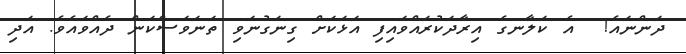
ދަންނައެ!  އެ ކަލާނގެ އިރާދަކުރައްވައިފި އަޅަކަށް ގިނަގުނަވި ތަނަވަސްކަން ދެއްވައެވެ. އަދި